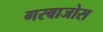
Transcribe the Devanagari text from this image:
गरबाजोस